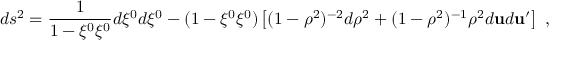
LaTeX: d s ^ { 2 } = \frac { 1 } { 1 - \xi ^ { 0 } \xi ^ { 0 } } d \xi ^ { 0 } d \xi ^ { 0 } - ( 1 - \xi ^ { 0 } \xi ^ { 0 } ) \left[ ( 1 - \rho ^ { 2 } ) ^ { - 2 } d \rho ^ { 2 } + ( 1 - \rho ^ { 2 } ) ^ { - 1 } \rho ^ { 2 } d { \bf u } d { \bf u } ^ { \prime } \right] ~ ,